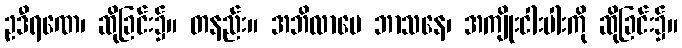
ဥဒီရဏေ၊ ဆိုခြင်း၌။ တနည်း။ အဘိလာပေ ဘာသနေ၊ အကျိုးငါးပါးကို ဆိုခြင်း၌။